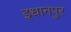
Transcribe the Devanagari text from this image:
इधानपुर